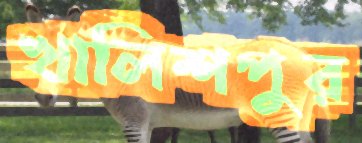
খালিশপুর